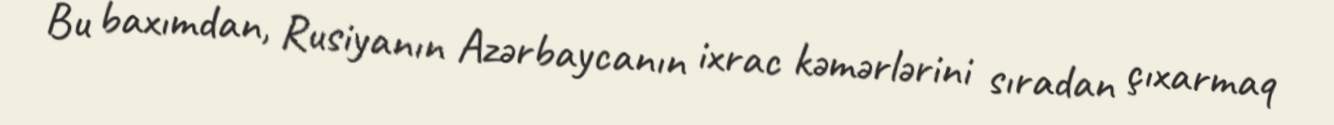
Bu baxımdan, Rusiyanın Azərbaycanın ixrac kəmərlərini sıradan çıxarmaq